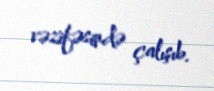
vəzifəsində çalışıb.